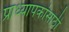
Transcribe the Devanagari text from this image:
प्राध्यापकांसाठी